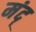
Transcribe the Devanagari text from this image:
मंद्